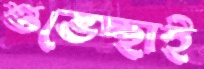
শুভেচ্ছাই